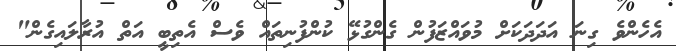
އެހެންވެ ގިނަ އަދަދަކަށް މުވައްޒަފުން ގެންގުޅޭ ކުންފުނިތައް ވެސް އެތިބީ އަތް އުރާލައިގެން"